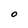
Character: O